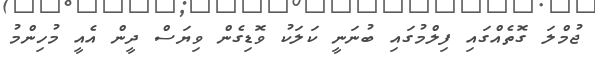
ޖުމްލަ ގޮތެއްގައި ފިލްމުގައި ބުނަނީ ކަލަކު ވޮޑިގެން ވިޔަސް ދީން އެއީ މުހިންމު